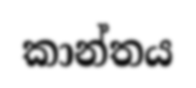
කාන්තය